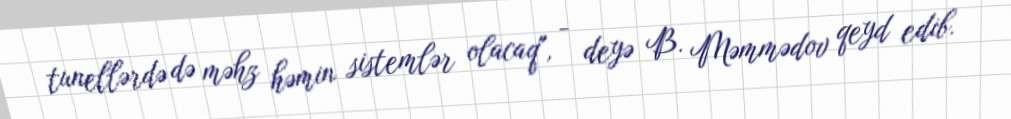
tunellərdə də məhz həmin sistemlər olacaq", - deyə B. Məmmədov qeyd edib.